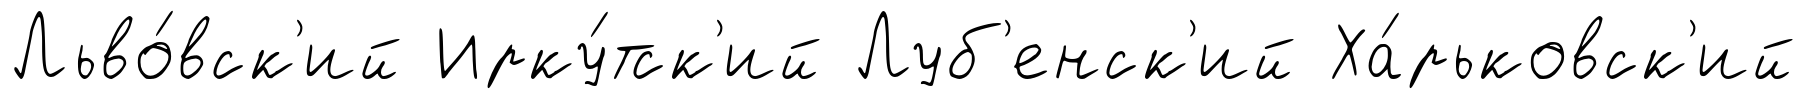
Льво́вск'ий Ирку́тск'ий Луб'енск'ий Ха́рьковск'ий